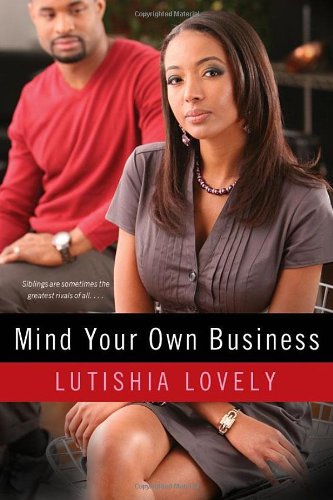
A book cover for Mind Your Own Business; Lutishia Lovely; Mystery, Thriller & Suspense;